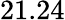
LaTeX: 21.24